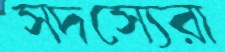
সদস্যেরা